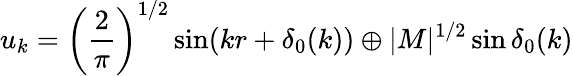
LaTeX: u_{k}=\left(\frac{2}{\pi}\right)^{1/2}\sin(kr+\delta_{0}(k))\oplus|M|^{1/2}\sin\delta_{0}(k)